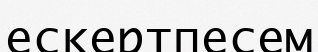
ескертпесем